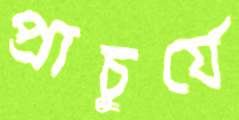
প্রাচুর্যে